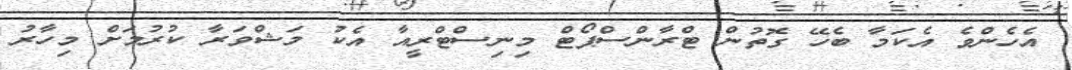
އެހެންވެ އެކަމާ ބެހޭ ގޮތުން ޓްރާންސްޕޯޓް މިނިސްޓްރީއާ އެކު މަޝްވަރާ ކުރުމަށް މިހާރު